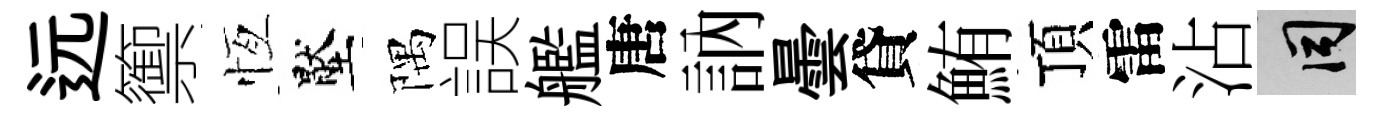
远籞恆壓隅誤艦唐訥曇貸鮪頂雷沾间